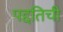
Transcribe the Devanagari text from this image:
पद्दतिची